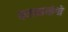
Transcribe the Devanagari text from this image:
कलाप्रयोगों